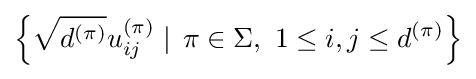
\left\{{\sqrt {d^{(\pi )}}}u_{ij}^{(\pi )}\mid \,\pi \in \Sigma ,\,\,1\leq i,j\leq d^{(\pi )}\right\}